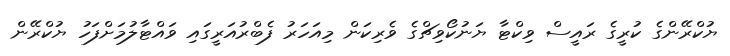
ޔުކްރޭންގެ ކުރީގެ ރައީސް ވިކްޓާ ޔަނުކޯވިޗްގެ ވެރިކަން މިއަހަރު ފެބްރުއަރީގަައި ވައްޓާލުމަށްފަހު ޔުކްރޭން